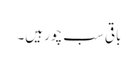
باقی سب چور ہیں۔